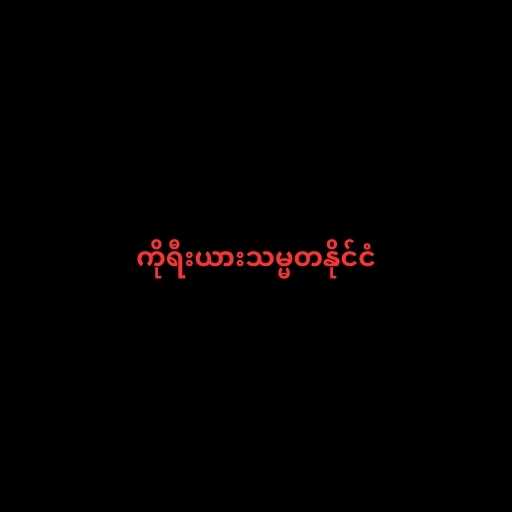
ကိုရီးယားသမ္မတနိုင်ငံ